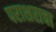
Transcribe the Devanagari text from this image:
पराशराचा